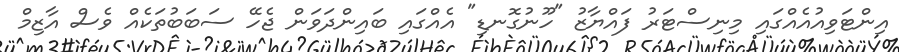
އިންޓަވިއުއެއްގައި މިނިސްޓަރު ފައްޔާޒު "ހޫނުގޮނޑި" އެއްގައި ބައިންދަވަން ޖެހޭ ސަބަބުތަކެއް ވެސް އާޒިމް